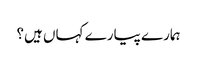
ہمارے پیارے کہاں ہیں؟